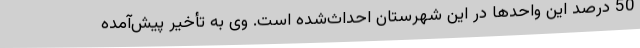
50 درصد این واحدها در این شهرستان احداث‌شده است‌. وی به تأخیر پیش‌آمده